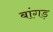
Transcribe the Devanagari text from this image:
बांगड़